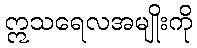
ဣသရေလအမျိုးကို